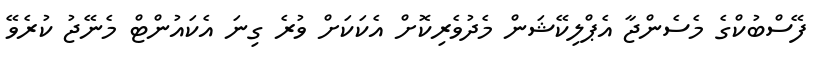
ފޭސްބުކްގެ މެސެންޖާ އެޕްލިކޭޝަން މެދުވެރިކޮށް އެކަކަށް ވުރެ ގިނަ އެކައުންޓް މެނޭޖު ކުރެވޭ